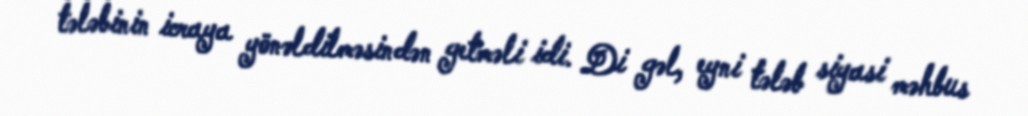
tələbinin icraya yönəldilməsindən getməli idi. Di gəl, eyni tələb siyasi məhbus